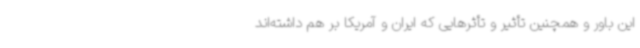
این باور و همچنین تأثیر و تأثرهایی که ایران و آمریکا بر هم داشته‌اند